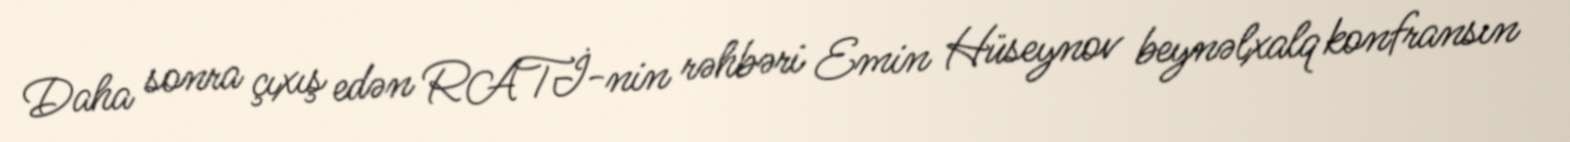
Daha sonra çıxış edən RATİ-nin rəhbəri Emin Hüseynov beynəlxalq konfransın